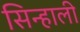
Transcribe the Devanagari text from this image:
सिन्हाली